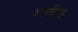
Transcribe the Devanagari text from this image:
व्‍यक्त्‍िा